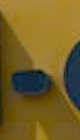
-